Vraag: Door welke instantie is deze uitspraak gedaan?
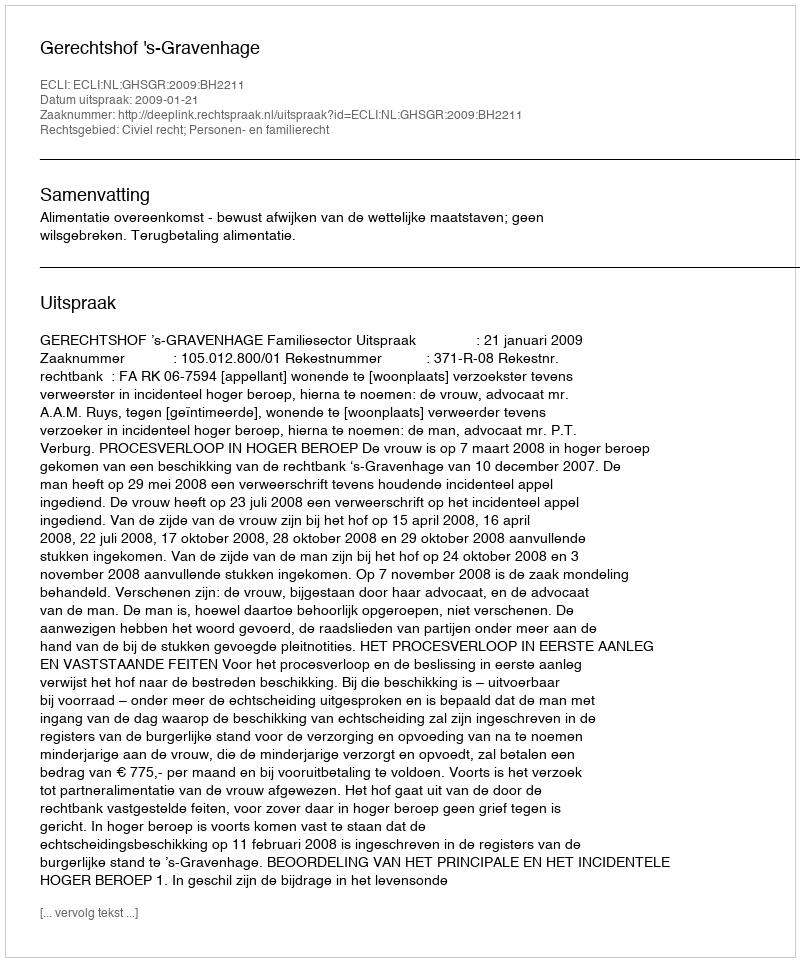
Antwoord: Gerechtshof 's-Gravenhage